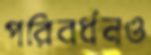
পরিবর্ধনও